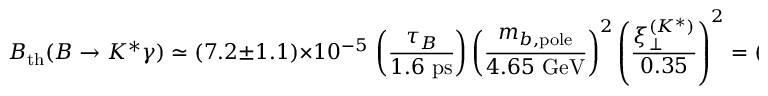
{ \cal B } _ { \mathrm { t h } } ( B \to K ^ { * } \gamma ) \simeq ( 7 . 2 \pm 1 . 1 ) \times 1 0 ^ { - 5 } \, \left( \frac { \tau _ { B } } { 1 . 6 ~ \mathrm { p s } } \right) \left( \frac { m _ { b , \mathrm { p o l e } } } { 4 . 6 5 ~ \mathrm { G e V } } \right) ^ { 2 } \left( \frac { \xi _ { \perp } ^ { ( K ^ { * } ) } } { 0 . 3 5 } \right) ^ { 2 } = ( 7 . 2 \pm 2 . 7 ) \times 1 0 ^ { - 5 } ,